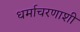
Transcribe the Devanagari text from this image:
धर्माचरणाशी